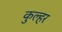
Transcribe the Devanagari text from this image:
कुल्हर